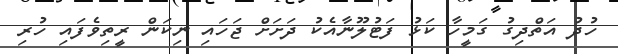
ހުދު އަތްދިގު ގަމީހާ ކަޅު ފަޓުލޫނާއެކު ދަށަށް ޖަހައި ނިކަން ރީތިވެފައި ހުރި